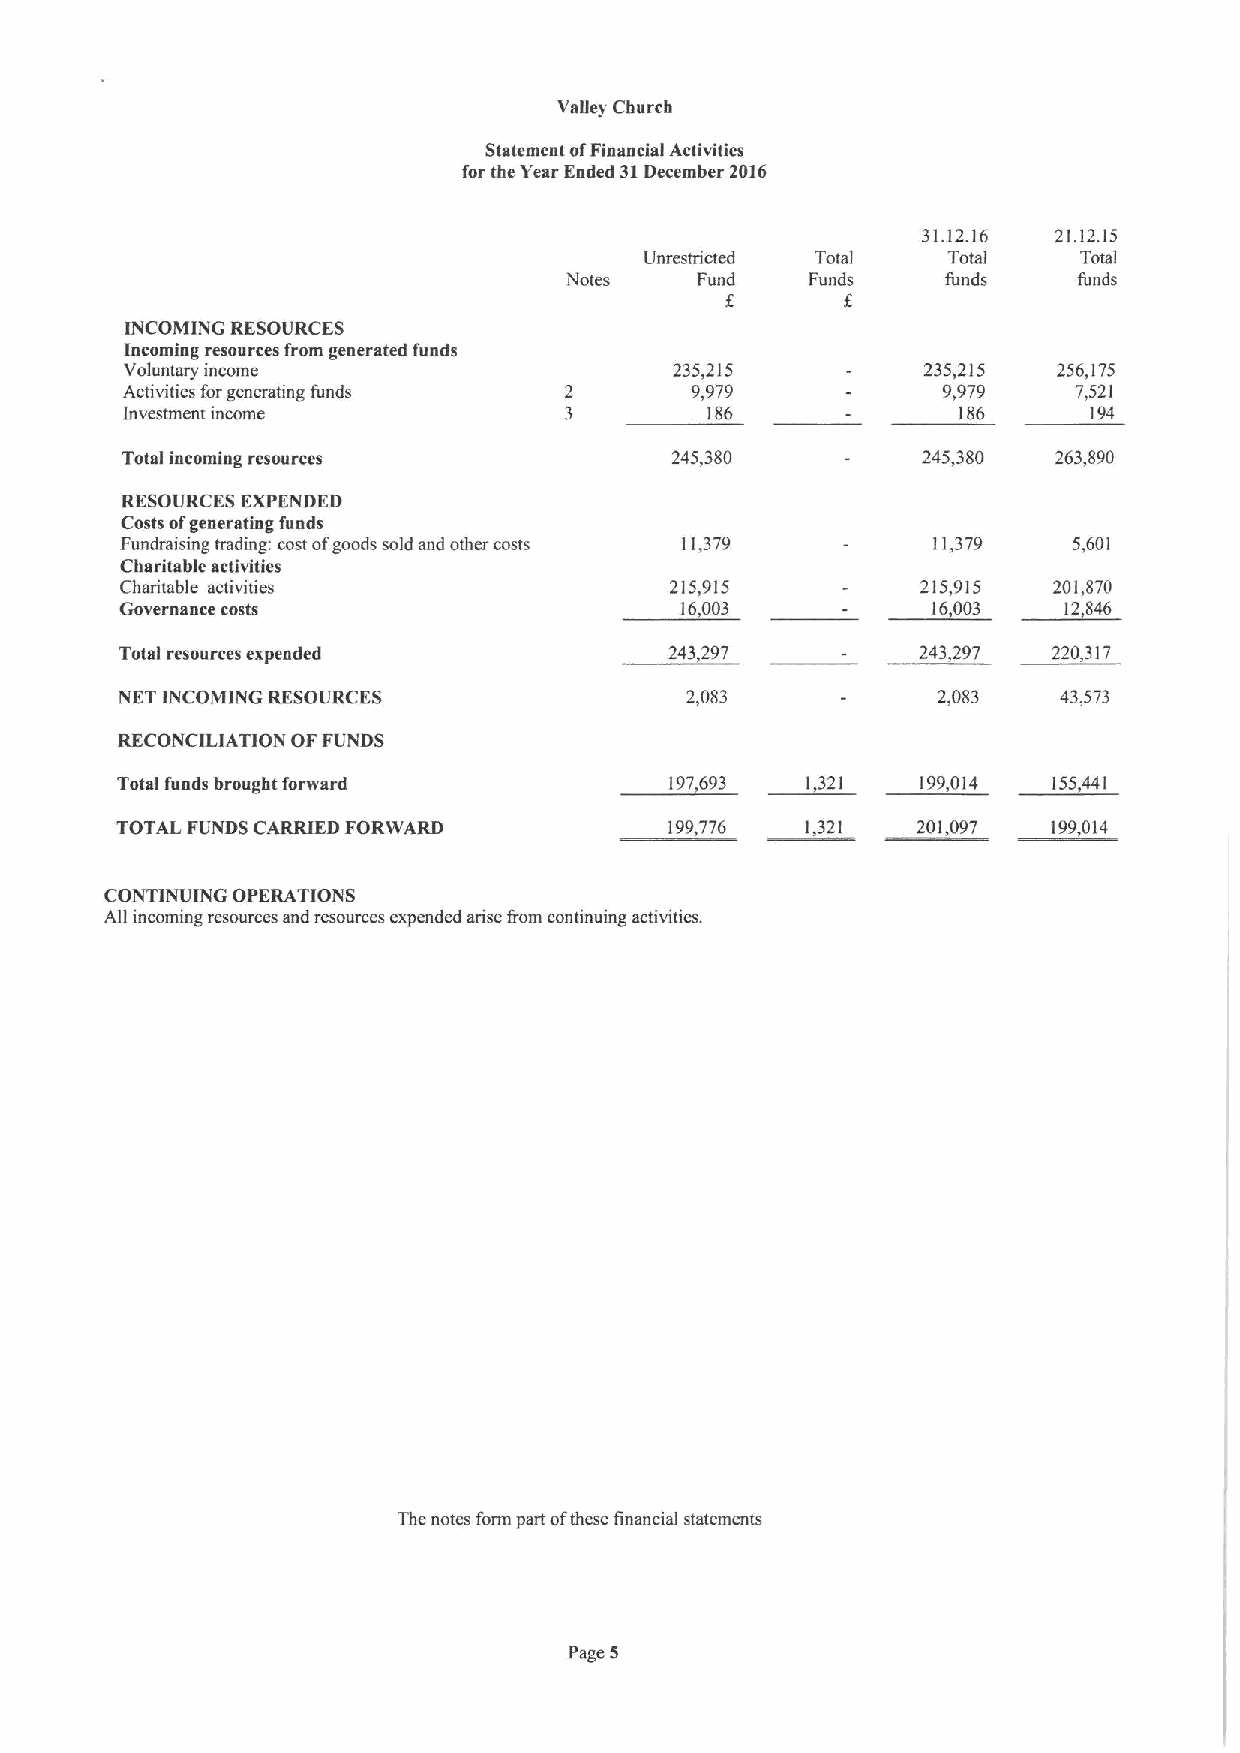
Valley Church
 Statement ofFinancial Activities
 for the Year Ended 31December 2016
 31.12.16 21.12.15
 Unrestricted Total  Total    Total
 Notes    Fund    Funds    funds   funds
 INCOMING RESOURCES
 Incoming resoerces from generated funds
 Voluntary income                     235,215         235,215  256,175
 Activities forgenerating funds        9,979           9,979    7,521
 Investment income                      186             186      194
 Total incoming resources            245,380          245,380  263,890
 RESOURCES EXPENDED
 Costs ofgenerating funds
 Fundraising trading: costofgoods sold and other costs 11,379 11,379 5,601
 Charitable activities
 Charitable activities               215,915          215,915  201,870
 Governance costs                     16,003           16,003  12,846
 Total resources expended            243,297          243,297  220,317
 NET INCOMING RESOURCES               2,083            2,083   43,573
 RECONCILIATION OFFUNDS
 Total funds brought forward         197,693  1,321   199,014  155,441
 TOTAL FUNDS CARRIED FORWARD         199,776  1,321   201,097  199,014
 CONTINUING OPERATIONS
 All incoming resources and resources expended arise tram continuing activities.
 The notes form part ofthese financial statements
 Page 5